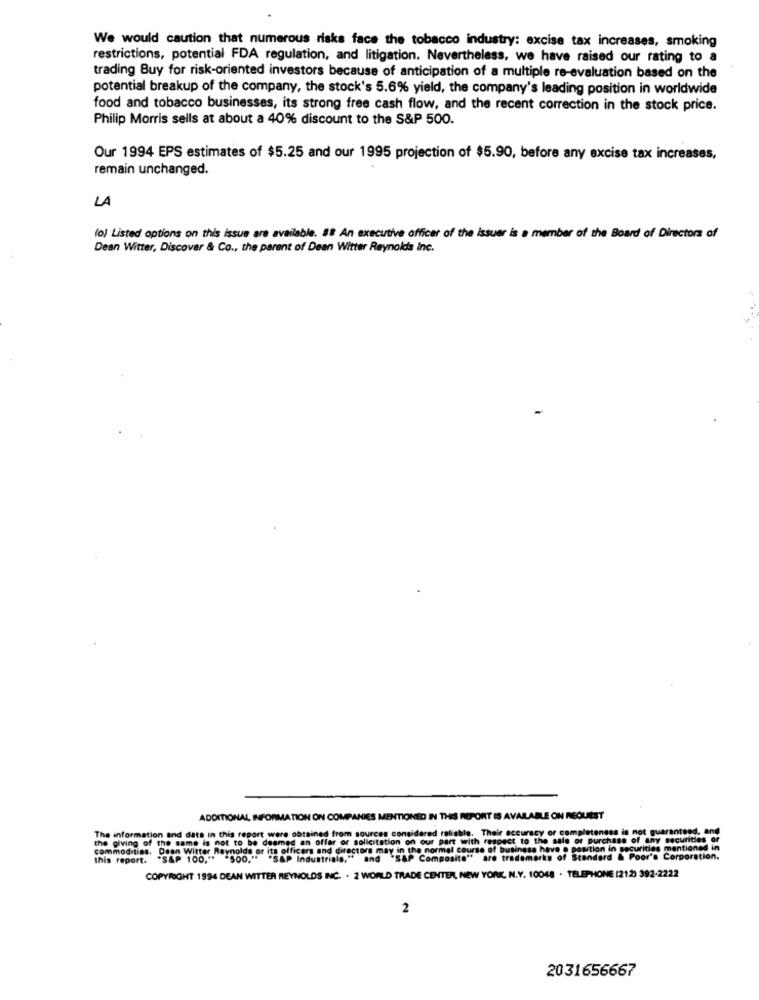
We would caution that numerous risks face the tobacco industry: excise tax increases, smoking
restrictions, potential FDA regulation, and litigation. Nevertheless, we have raised our rating to a
trading Buy for risk-oriented investors because of anticipation of a multiple re-evaluation based on the
potential breakup of the company, the stock's 5.6% yield, the company's leading position in worldwide
food and tobacco businesses, its strong free cash flow, and the recent correction in the stock price.
Philip Morris sells at about a 40% discount to the S&P 500.
Our 1994 EPS estimates of $5.25 and our 1995 projection of $5.90, before any excise tax increases,
remain unchanged.
LA
(o) Listed options on this issue are available. ## An executive officer of the issuer is a member of the Board of Directors of
Dean Witter, Discover & Co ., the parent of Dean Witter Reynolds Inc.
ADDITIONAL INFORMATION ON COMPANIES MENTIONED IN THIS REPORT IS AVAILABLE ON REQUEST
The information and dats in this report were obtained from sources considered reliable. Their accuracy or completeness is not guaranteed, and
the giving of the same is not to be deemed an offer or solicitation on our part with respect to the sale of purchase of any securities or
Reynolds or its officers and directors may in the normal course of business have a position in securities mentioned in
this report.
. "SAP 100."* "500," "SAP Industriala," and "SAP Composite" are trademarks of Standard & Poor's Corporation.
COPYRIGHT 1994 DEAN WITTER REYNOLDS INC. . 2 WORLD TRADE CENTER, NEW YORK, N.Y. 10048 . TELEPHONE (212) 392-2222
2
2031656667